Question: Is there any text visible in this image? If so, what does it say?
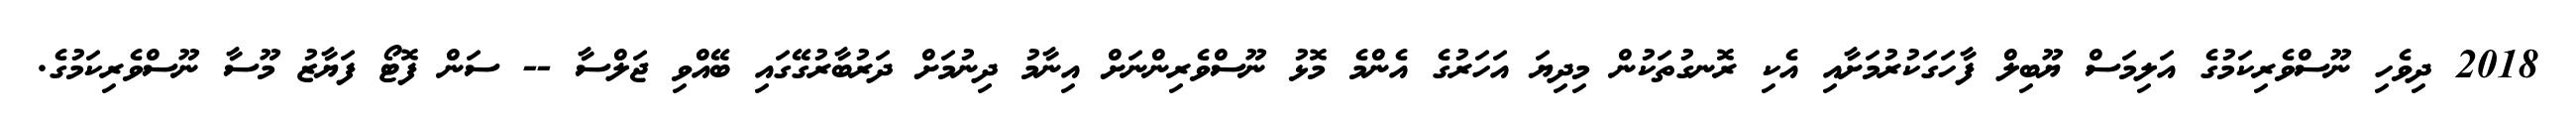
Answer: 2018 ދިވެހި ނޫސްވެރިކަމުގެ އަލިމަސް ޔޫބިލް ފާހަގަކުރުމަށާއި އެކި ރޮނގުތަކުން މިދިޔަ އަހަރުގެ އެންމެ މޮޅު ނޫސްވެރިންނަށް އިނާމު ދިނުމަށް ދަރުބާރުގޭގައި ބޭއްވި ޖަލްސާ -- ސަން ފޮޓޯ ފަޔާޒު މޫސާ ނޫސްވެރިކަމުގެ.